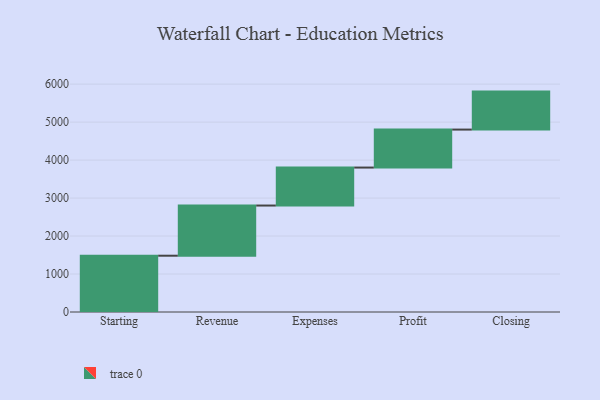
{"axis": {"x": "Step", "y": "Value"}, "legend": [""], "data": [{"x": "Starting", "y": 1482.0, "type": ""}, {"x": "Revenue", "y": 1321.0, "type": ""}, {"x": "Expenses", "y": 1000, "type": ""}, {"x": "Profit", "y": 1000, "type": ""}, {"x": "Closing", "y": 1000, "type": ""}]}